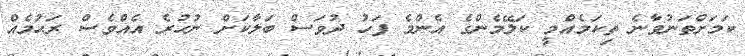
ކަމަށްތަނުވާނެ ތިކަމެއްމީ ކަލޭމެންގެ އެންމެ ފަހު ދުވަސް ބަލާކަށް ނުހުރެ އެއްވެސް ރަޙުމެއް